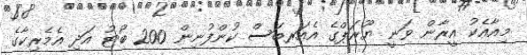
މިއާއެކު އީރާން ވަނީ ޔޫރަޕްގެ އެއަރބަސް ކުންފުނިން 200 ބޯޓު އަދި އެމެރިކާގެ